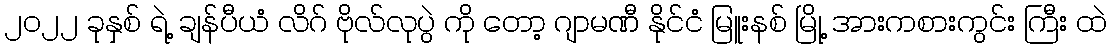
၂၀၂၂ ခုနှစ် ရဲ့ ချန်ပီယံ လိဂ် ဗိုလ်လုပွဲ ကို တော့ ဂျာမဏီ နိုင်ငံ မြူးနစ် မြို့ အားကစားကွင်း ကြီး ထဲ